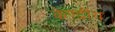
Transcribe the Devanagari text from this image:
केण्द्रीय